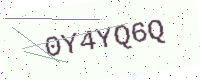
Text: 0Y4YQ6Q